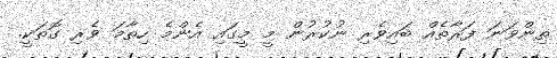
ތިންވަނަ ފަރާތެއް ބައިވެރި ނުކުރުން މީ މީގައި އެންމެ ހިތާމަ ވެރި ގޮތަކީ.